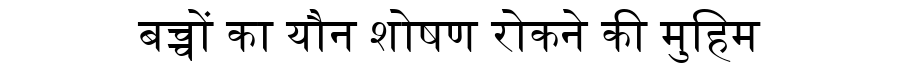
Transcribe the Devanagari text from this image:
बच्चों का यौन शोषण रोकने की मुहिम